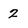
Character: 2